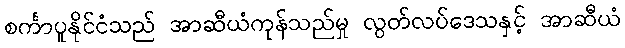
စင်္ကာပူနိုင်ငံသည် အာဆီယံကုန်သည်မှု လွတ်လပ်ဒေသနှင့် အာဆီယံ